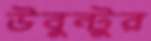
উবুন্টুর